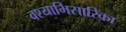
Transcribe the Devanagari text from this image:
वश्याभिसारिका